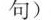
句)